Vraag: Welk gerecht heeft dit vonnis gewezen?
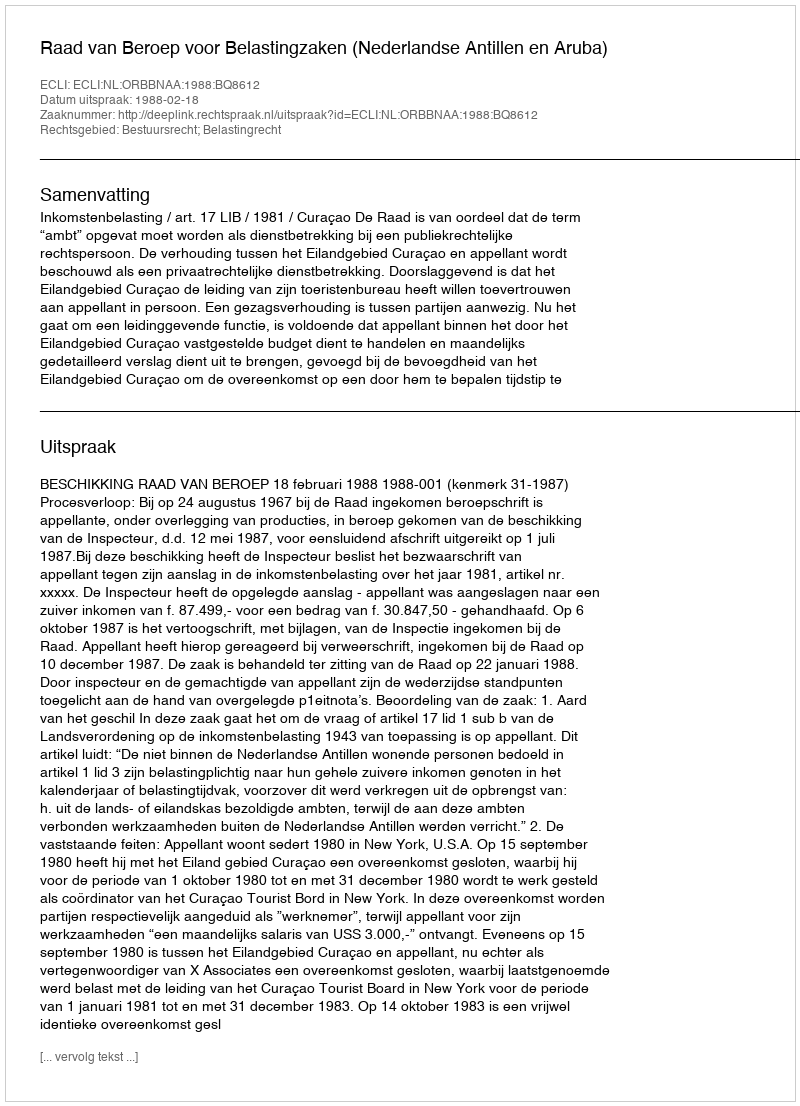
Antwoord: Raad van Beroep voor Belastingzaken (Nederlandse Antillen en Aruba)